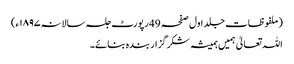
(ملفوظات جلد اول صفحہ 49رپورٹ جلسہ سالانہ۱۸۹۷ء)
اللہ تعالیٰ ہمیں ہمیشہ شکر گزار بندہ بنائے۔